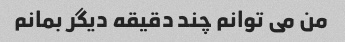
من می توانم چند دقیقه دیگر بمانم